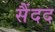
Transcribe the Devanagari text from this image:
सैंदद